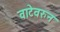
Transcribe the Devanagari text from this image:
वाटेवरुन